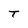
Character: T